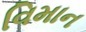
વિમાન